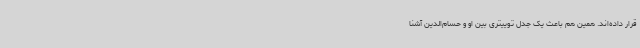
قرار داده‌اند. همین هم باعث یک جدل توییتری بین او و حسام‌الدین آشنا